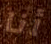
أنا